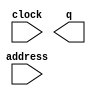
module redDiskModule (
	address,
	clock,
	q);

	input	[7:0]  address;
	input	  clock;
	output	[2:0]  q;
`ifndef ALTERA_RESERVED_QIS
// synopsys translate_off
`endif
	tri1	  clock;
`ifndef ALTERA_RESERVED_QIS
// synopsys translate_on
`endif

endmodule